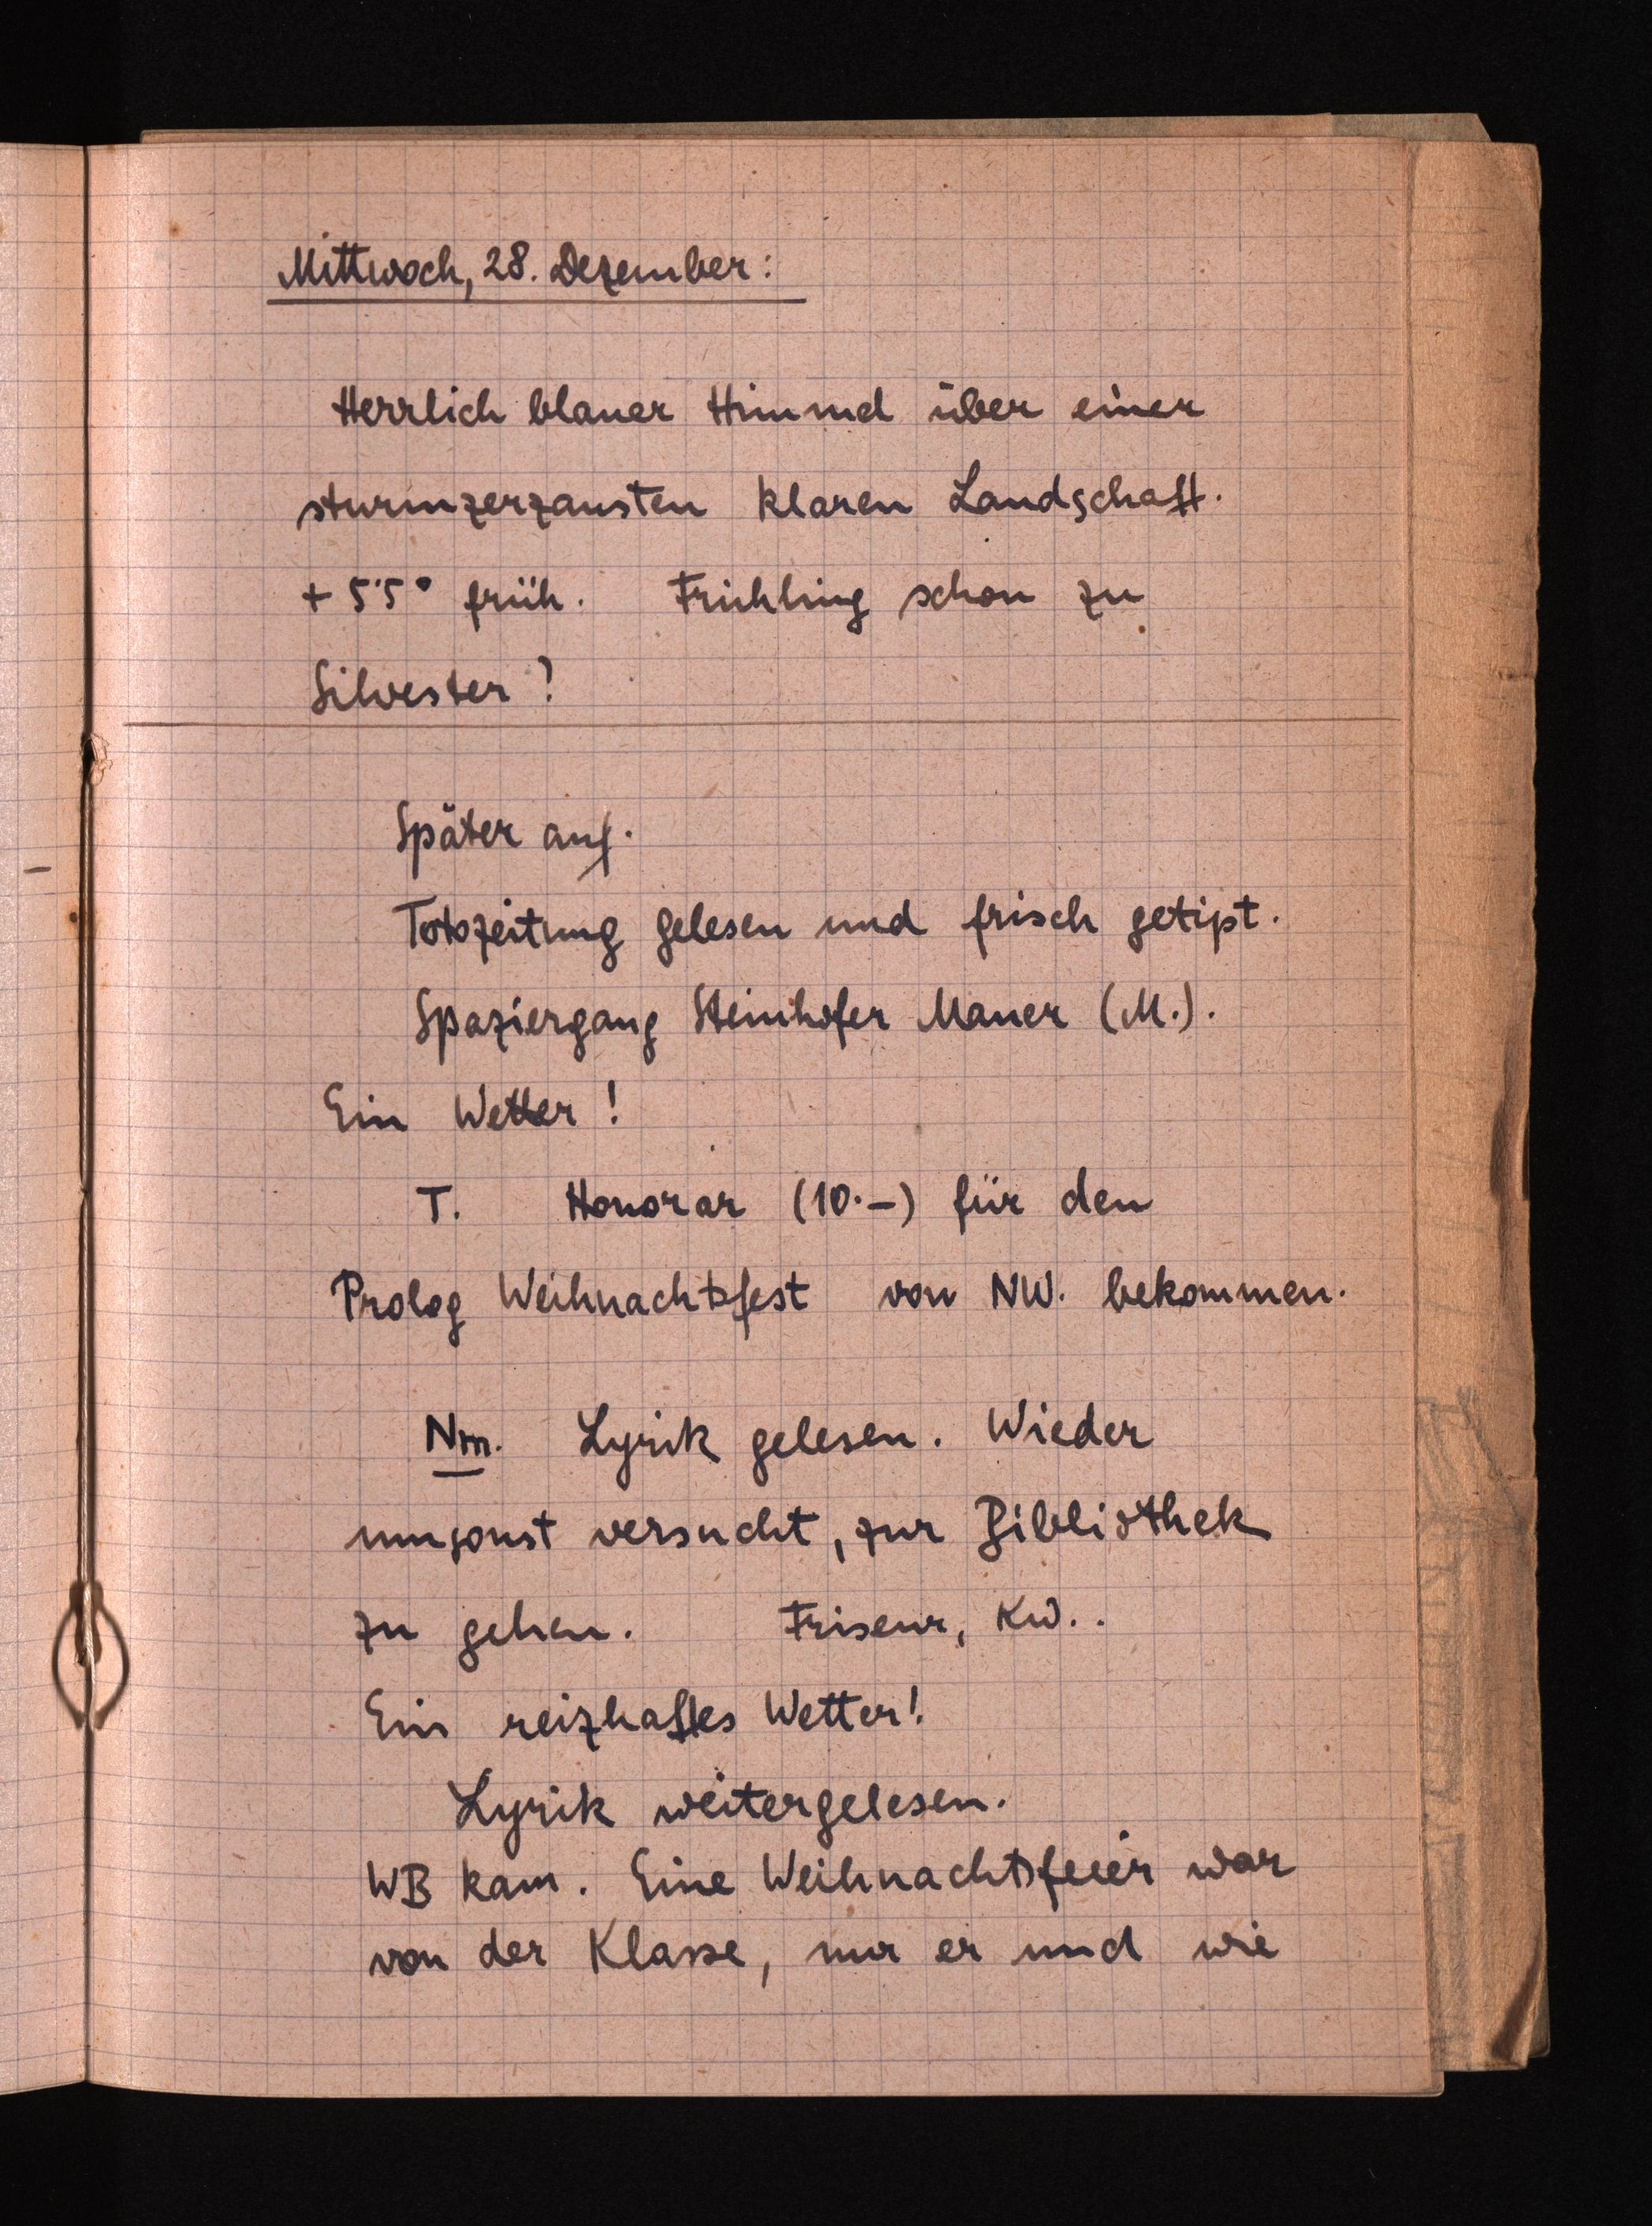
Mittwoch, 28.Dezember:
Herrlich blauer Himmel über einer
sturmzerzausten klaren Landschaft.
+5.5° früh. Frühling schon zu
Silvester?
Später auf.
Totozeitung gelesen und frisch.
Spaziergang Steinhofer Mauer (M.).
Ein Wetter!
T.Honorar (10.-) für den
PrologWeihnachtsfest von NW. bekommen.
Nm. Lyrik gelesen. Wieder
umsonst versucht, zurBibliothek
zu gehen.Friseur, KW..
Ein reizhaftes Wetter!
Lyrik weitergelesen.
WB kam. Eine Weihnachtsfeier war
von der Klasse,nur er und wie